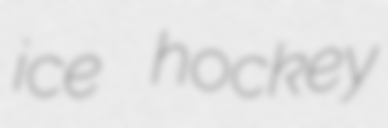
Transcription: ice hockey